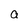
Character: a